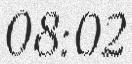
08:02